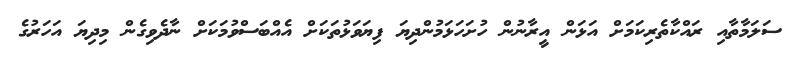
ސަލަމާތާއި ރައްކާތެރިކަމަށް އަޅަން އީރާނުން ހުށަހަޅަމުންދިޔަ ފިޔަވަޅުތަކަށް އެއްބަސްވުމަކަށް ނާދެވިގެން މިދިޔަ އަހަރުގެ